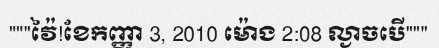
"""វ៉ៃ!ខែកញ្ញា 3, 2010 ម៉ោង 2:08 ល្ងាចបើ"""